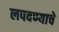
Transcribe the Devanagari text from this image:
लपवण्याचे